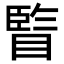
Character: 𥊇